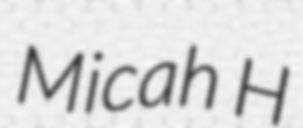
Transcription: Micah H